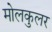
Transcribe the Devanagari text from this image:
मोलकुलर